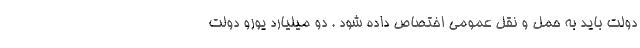
دولت باید به حمل و نقل عمومی اختصاص داده شود . دو میلیارد یورو دولت